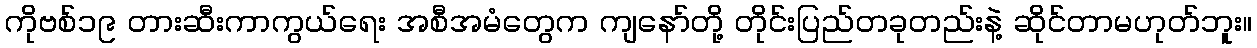
ကိုဗစ်၁၉ တားဆီးကာကွယ်ရေး အစီအမံတွေက ကျနော်တို့ တိုင်းပြည်တခုတည်းနဲ့ ဆိုင်တာမဟုတ်ဘူး။